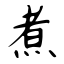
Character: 煮